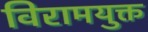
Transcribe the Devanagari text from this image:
विरामयुक्त